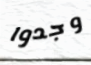
وجدوا